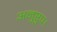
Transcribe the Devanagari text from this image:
अनुष्टुप।